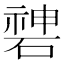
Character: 𥔻